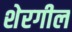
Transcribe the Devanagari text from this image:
शेरगील